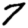
Digit: 7